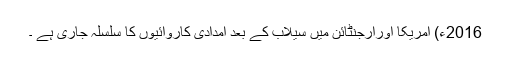
2016ء) امریکا اورارجنٹائن میں سیلاب کے بعد امدادی کاروائیوں کا سلسلہ جاری ہے ۔